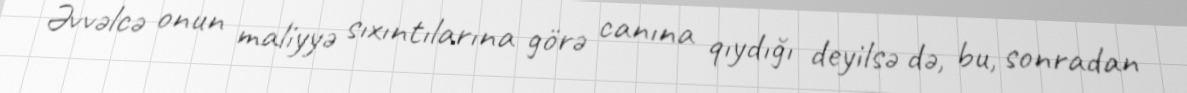
Əvvəlcə onun maliyyə sıxıntılarına görə canına qıydığı deyilsə də, bu, sonradan